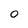
Character: O